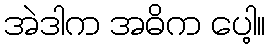
အဲဒါက အဓိက ပေါ့။